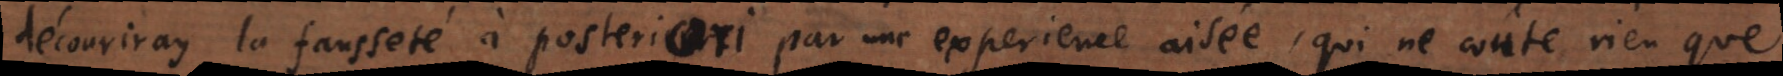
découvriray la fausseté à posteriori par une experience aisée, qui ne coûte rien que